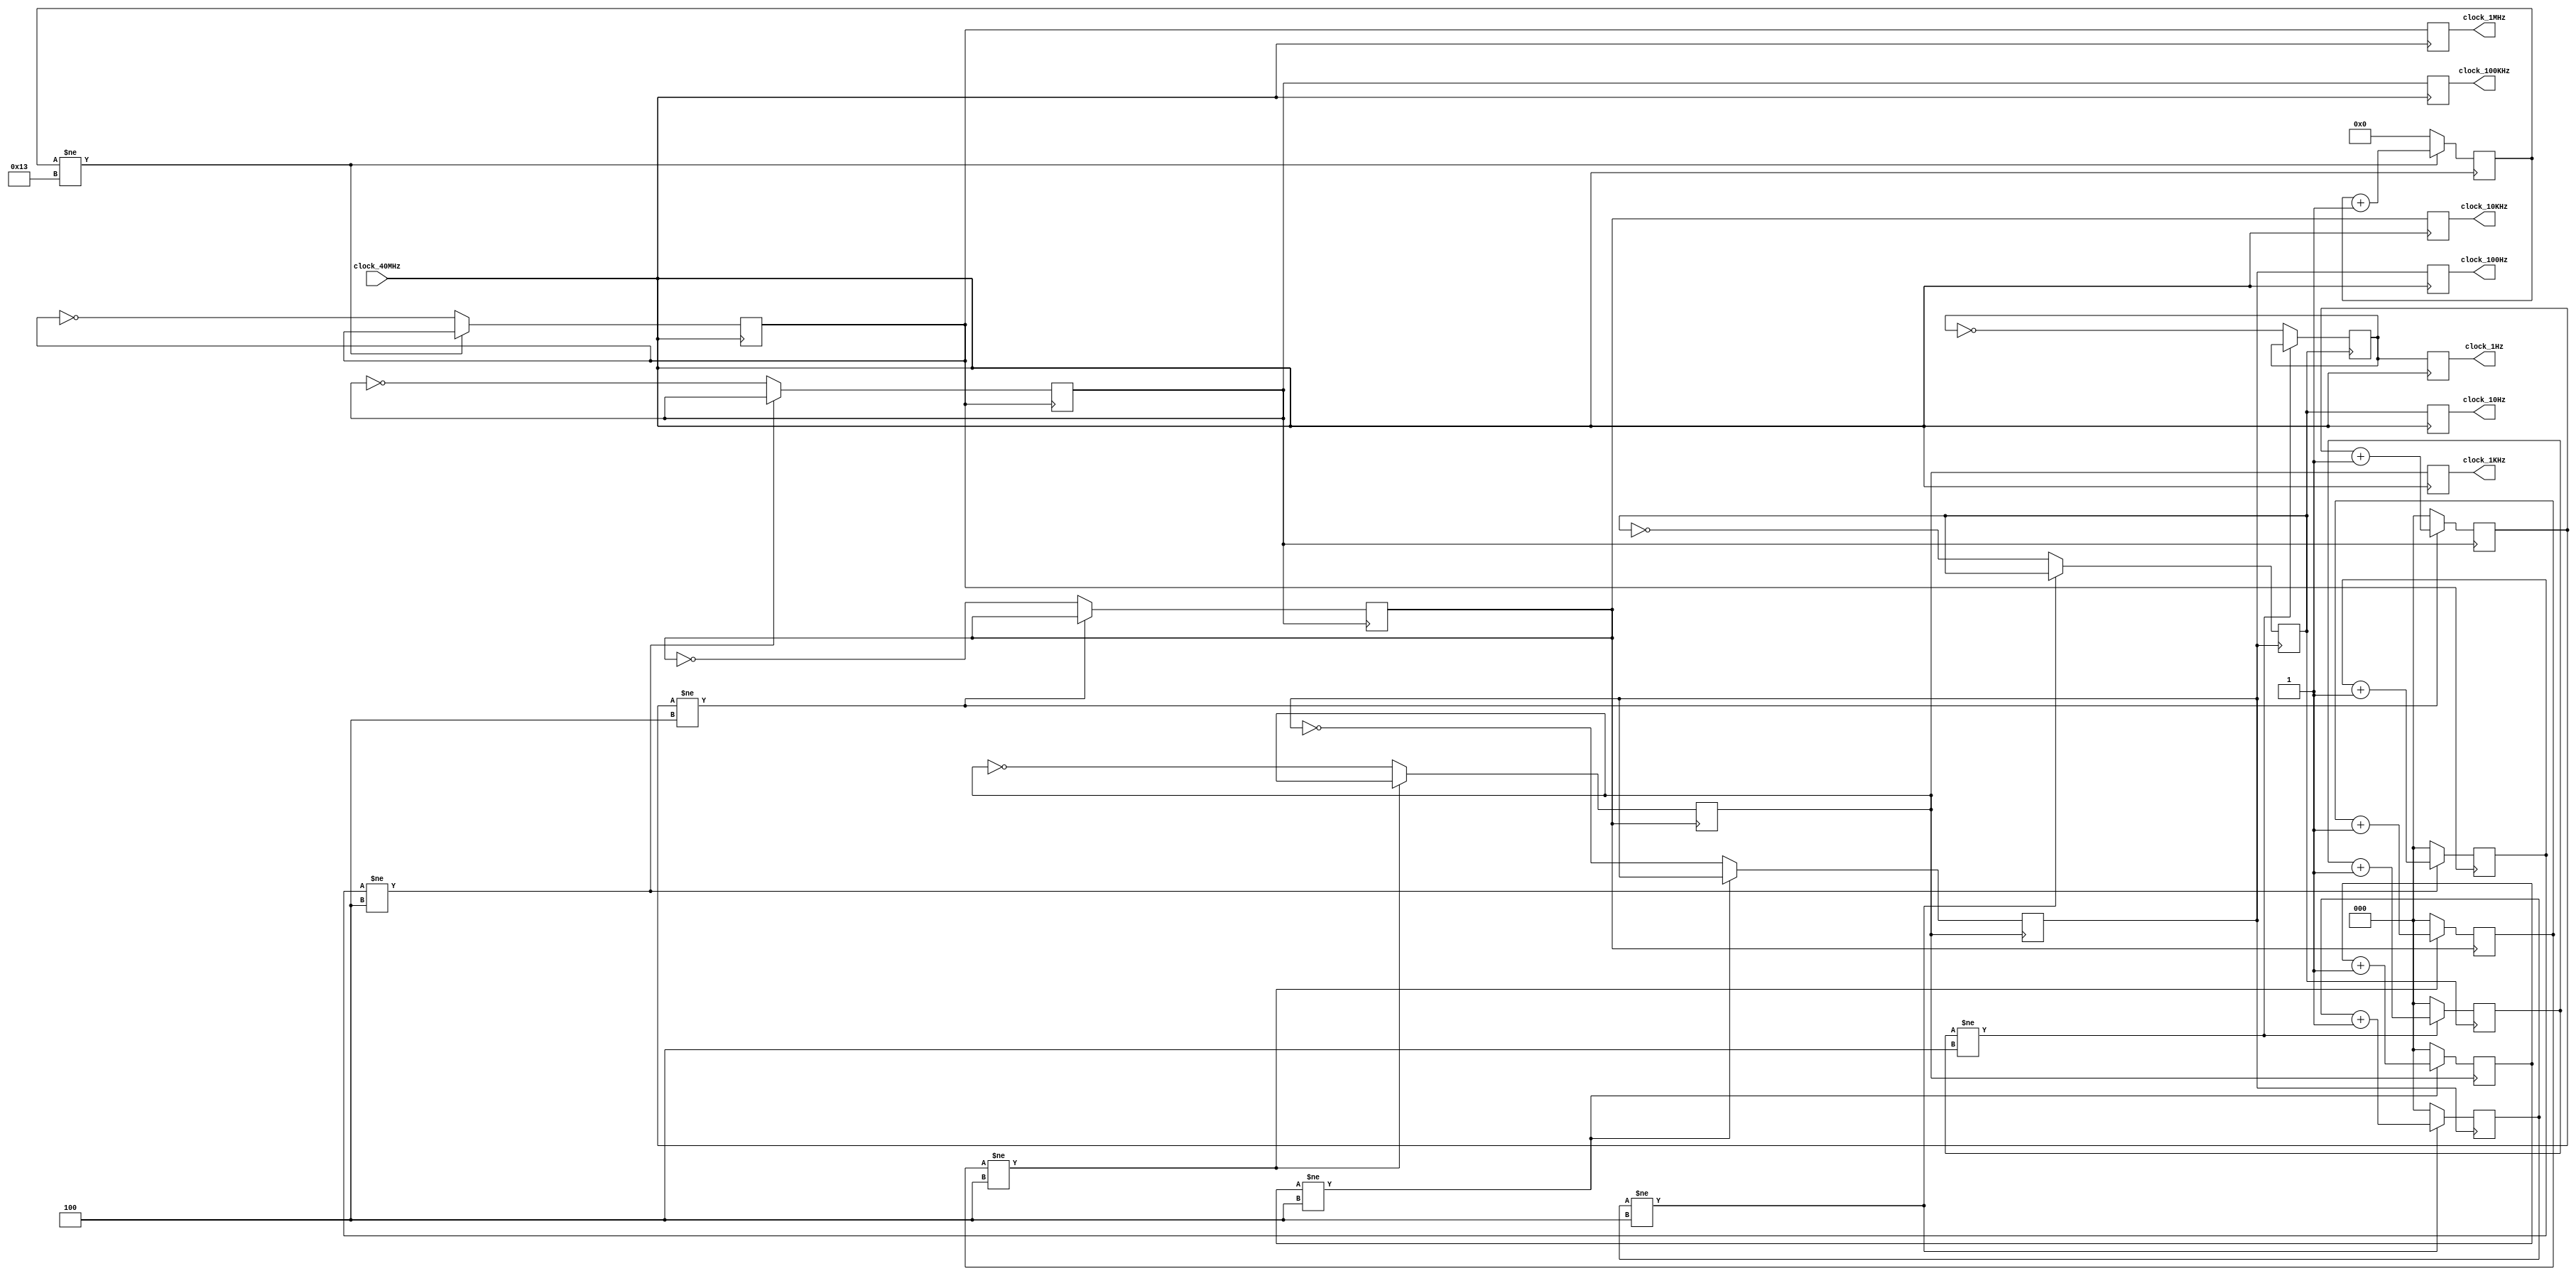
`timescale 1ns / 1ps
//////////////////////////////////////////////////////////////////////////////////
// Company: 
// Engineer: 
// 
// Design Name: 
// Module Name:    CLK_DIV_AUDIO 
// Project Name: 
// Target Devices: 
// Tool versions: 
// Description: 
//
// Dependencies: 
//
// Revision: 
// Revision 0.01 - File Created
// Additional Comments: 
//
//////////////////////////////////////////////////////////////////////////////////
module CLK_DIV_AUDIO(clock_1MHz, clock_100KHz, clock_10KHz, clock_1KHz, clock_100Hz, clock_10Hz, clock_1Hz, clock_40MHz);
	input  clock_40MHz;
	
   output clock_1MHz;
	output clock_100KHz;
	output clock_10KHz;
	output clock_1KHz;
	output clock_100Hz;
	output clock_10Hz;
	output clock_1Hz;
	
   reg clock_1MHz, clock_100KHz, clock_10KHz, clock_1KHz, clock_100Hz, clock_10Hz, clock_1Hz;

   reg[4:0] count_1MHz; 
   reg[2:0] count_100KHz, count_10KHz, count_1KHz, count_100Hz, count_10Hz, count_1Hz; 
   reg clock_1MHz_int, clock_100KHz_int, clock_10KHz_int, clock_1KHz_int, clock_100Hz_int, clock_10Hz_int, clock_1Hz_int; 
   
	// Generate 1Mhz clock
   always @(posedge clock_40MHz) begin 
      if (count_1MHz !=19) begin
         count_1MHz <= count_1MHz + 1 ; 
		end
      else begin
         count_1MHz <= 4'b0000 ; 
         clock_1MHz_int <= ~clock_1MHz_int ; 
      end 
      // Ripple clocks are used in this code to save prescalar hardware
      // Sync all clock prescalar outputs back to master clock signal
      clock_1MHz   <= clock_1MHz_int; 
      clock_100KHz <= clock_100KHz_int; 
      clock_10KHz  <= clock_10KHz_int; 
      clock_1KHz   <= clock_1KHz_int; 
      clock_100Hz  <= clock_100Hz_int; 
      clock_10Hz   <= clock_10Hz_int; 
      clock_1Hz    <= clock_1Hz_int; 
   end 
	
   // Generate 100Khz clock
   always @(posedge clock_1MHz_int) begin 
      if (count_100KHz != 4) begin
         count_100KHz <= (count_100KHz+1); 
		end
      else begin
         count_100KHz <= 3'b000; 
         clock_100KHz_int <= ~clock_100KHz_int; 
      end 
   end
	
   // Generate 10Khz clock 
   always @(posedge clock_100KHz_int) begin 
      if (count_10KHz != 4) begin
         count_10KHz <= (count_10KHz+1); 
		end
      else begin
         count_10KHz <= 3'b000; 
         clock_10KHz_int <= ~clock_10KHz_int; 
      end 
   end 
	
   // Generate 1Khz clock
   always @(posedge clock_10KHz_int) begin
      if (count_1KHz != 4) begin
         count_1KHz <= (count_1KHz+1); 
		end
      else begin
         count_1KHz <= 3'b000; 
         clock_1KHz_int <= ~clock_1KHz_int; 
      end 
   end 
	
   // Generate 100Hz clock
   always @(posedge clock_1KHz_int) begin
      if (count_100Hz != 4) begin
         count_100Hz <= (count_100Hz+1); 
		end
      else begin
         count_100Hz <= 3'b000; 
         clock_100Hz_int <= ~clock_100Hz_int; 
      end 
   end 
	
   // Generate 10Hz clock
   always @(posedge clock_100Hz_int) begin
      if (count_10Hz != 4) begin
         count_10Hz <= (count_10Hz+1); 
		end
      else begin
         count_10Hz <= 3'b000; 
         clock_10Hz_int <= ~clock_10Hz_int; 
      end 
   end 
	
   // Generate 1Hz clock
   always @(posedge clock_10Hz_int) begin
      if (count_1Hz != 4) begin
         count_1Hz <= (count_1Hz+1); 
		end
      else begin
         count_1Hz <= 3'b000; 
         clock_1Hz_int <= ~clock_1Hz_int; 
      end 
   end

endmodule